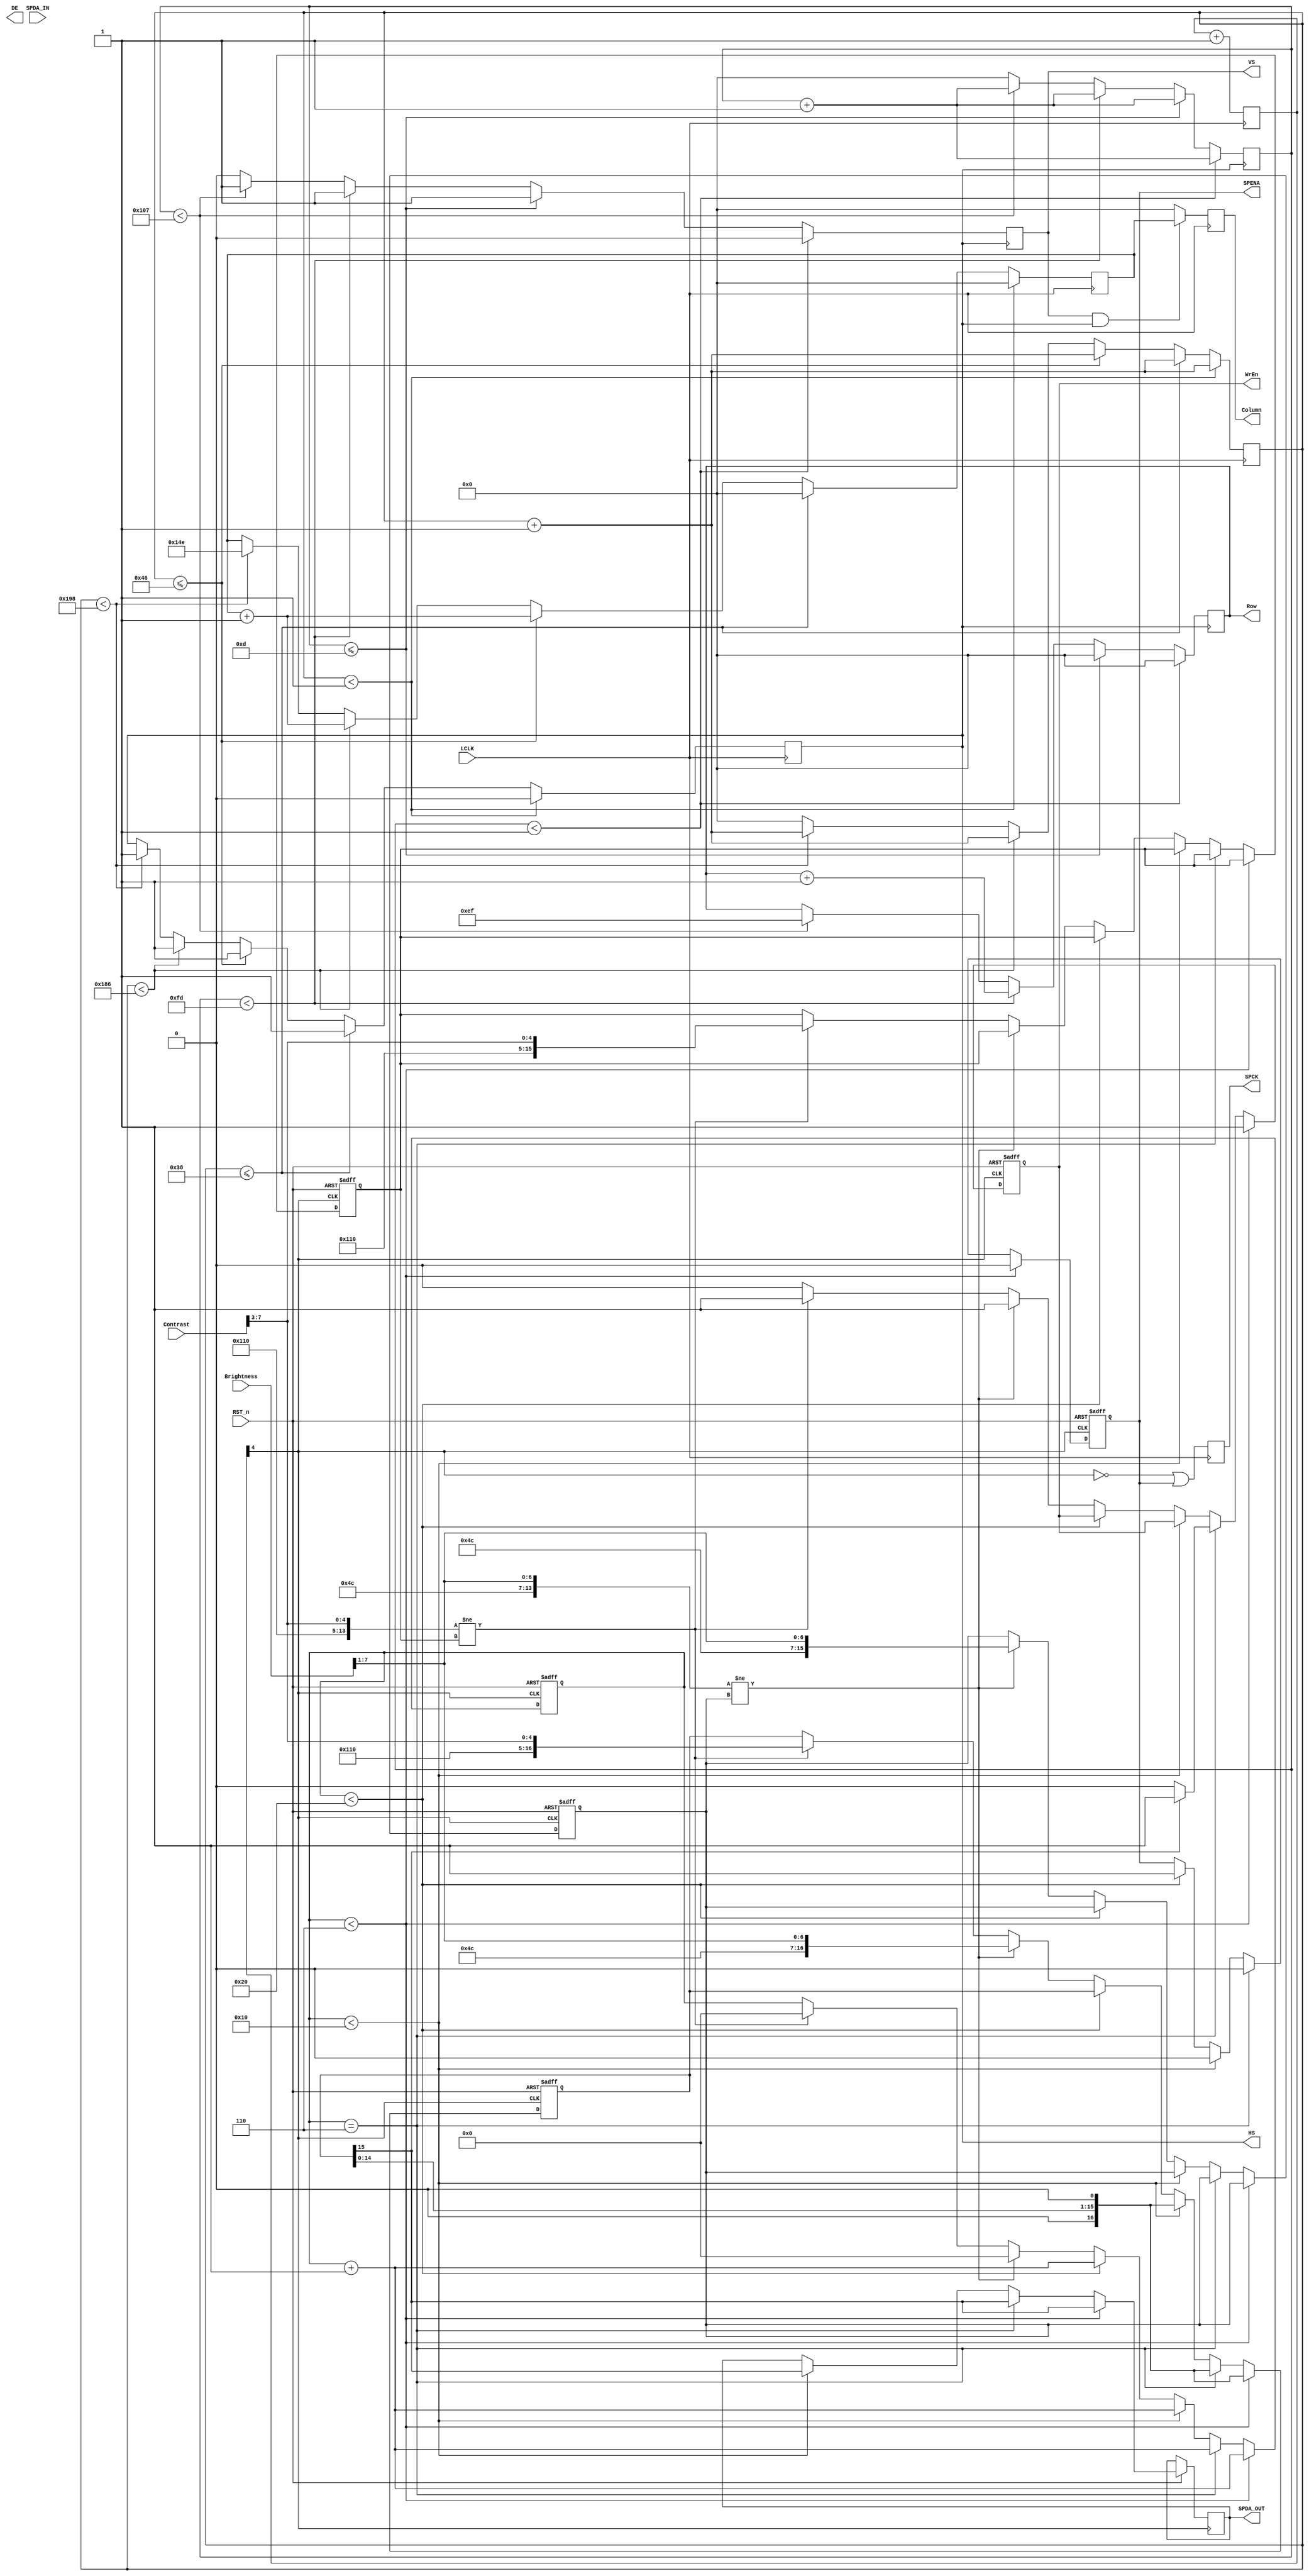
module LCD_Driver(
	input LCLK,  //LCD CLK
	input RST_n,
	output reg HS,
	output reg VS,
	output DE,
	output reg [9:0] Column,
	output reg [9:0] Row,
	output reg SPENA,
	output reg SPDA_OUT,
	input SPDA_IN,
	output reg WrEn,
	output reg SPCK,
	input [7:0] Brightness,
	input [7:0] Contrast
	
);


	reg [9:0] Column_Counter;
	reg [9:0] Row_Counter;


 	
	//
	reg [9:0] Column_Reg;
	always @(posedge LCLK) begin
		if(VS & HS) begin
			Column <= Column_Reg;
		end
		else begin
			Column <= 10'd0;
		end
	end

	
	always @(posedge LCLK) begin
		if(Column_Counter <10'd1) begin
			Column_Counter <= Column_Counter + 1'b1;
			Column_Reg <= 10'd0;
		    HS <= 1'b0;
		end
		else if(Column_Counter <=10'd56) begin
			Column_Counter <= Column_Counter + 1'b1;
			Column_Reg <= 10'd0;
		    HS <= 1'b1;
		end		
		else if(Column_Counter <=10'd70) begin
			Column_Counter <= Column_Counter + 1'b1;
			Column_Reg <= Column_Reg + 1'b1;
		    HS <= 1'b1;
		end
		else if(Column_Counter <10'd390) begin
			Column_Counter <= Column_Counter + 1'b1;
			Column_Reg <= Column_Reg + 1'b1;
		    HS <= 1'b1;
		end
		else if(Column_Counter <10'd408) begin            
			Column_Counter <= Column_Counter + 1'b1;
			Column_Reg <= 10'd334;
		    HS <= 1'b1;
		end
		/*
		else if(Column_Counter <10'd800) begin            
			Column_Counter <= Column_Counter + 1'b1;
			Column_Reg <= 10'd334;
		    HS <= 1'b1;
		end
		*/
		else begin
			Column_Counter <= 10'd0;
		end
	end
	
	//
	always @(posedge HS) begin
		if( Row_Counter < 10'd1) begin
			Row_Counter <= Row_Counter + 1'b1;
			Row <= 10'd0;
		    VS <= 1'b0;
		end
		else if( Row_Counter <= 10'd13) begin
			Row_Counter <= Row_Counter + 1'b1;
			Row <= 10'd0;
		    VS <= 1'b1;
		end
		else if( Row_Counter < 10'd253) begin
			Row_Counter <= Row_Counter + 1'b1;
			Row <= Row + 1'b1;
		    VS <= 1'b1;
		end
		else if( Row_Counter < 10'd263) begin
			Row_Counter <= Row_Counter + 1'b1;
			Row <= 10'd239;
		    VS <= 1'b1;
		end
		else begin
			Row_Counter <=10'D0;
			VS <= 1'b0;
		end
	end
	


	
	//parameter setting

   //  no use
	reg [7:0] SPCK_Counter;
	wire SPCK_tmp;
	always @(posedge LCLK) begin
		SPCK_Counter <= SPCK_Counter + 1'b1;
	end
	assign SPCK_tmp = SPCK_Counter[4];  //1.5MHz
	
	reg [7:0] SP_Counter;
	
	
	
	parameter 
		WAKEUP = 16'b00000010_00000011;
	
	wire [15:0] Snd_Data1;
	wire [15:0] Snd_Data2;

	
	assign Snd_Data1 ={8'h26,{1'b0,Brightness[7:1]}};
	assign Snd_Data2 = {8'h22,{3'b0,Contrast[7:3]}};	
		
	reg [16:0] SP_DATA;
	
	reg [15:0] Snd_Old1;
	reg [15:0] Snd_Old2;
	always @(posedge LCLK) begin
		SPCK <= (~SPCK_tmp) | SPENA;
	end
	
	always @ (posedge SPCK_tmp or negedge RST_n) begin
		if(~RST_n) begin
			SP_Counter <= 8'd0;
			SP_DATA <= WAKEUP;
			SPENA  <= 1'b1;
			Snd_Old1 <= {8'h26,8'd0};
			Snd_Old2 <= {8'h22,8'd0};
			WrEn <= 1'b1;			
		end
		else begin
			if(SP_Counter < 8'd6) begin
				SP_Counter 	<= SP_Counter + 1'b1;
				SPDA_OUT 		<= SP_DATA[15];
				SP_DATA         <={SP_DATA[14:0],1'b0};
				SPENA 		<= 1'b0;
				WrEn <= 1'b1;
			end	
			else if(SP_Counter == 8'd6) begin
				SP_Counter <= SP_Counter + 1'b1;
				SPENA <= 1'b0;
				SPDA_OUT 		<= SP_DATA[15];
				SP_DATA         <={SP_DATA[14:0],1'b0};
				if(SP_DATA[15] == 1'b1) begin  //wr mode
					WrEn <= 1'b1;
				end
				else begin
					WrEn <= 1'b0;
				end
			end	
			else if(SP_Counter < 8'd16) begin
				SP_Counter <= SP_Counter + 1'b1;
				SPDA_OUT 		<= SP_DATA[15];
				SP_DATA         <={SP_DATA[14:0],1'b0};
				SPENA <= 1'b0;
			end	
			else if(SP_Counter < 8'd32)begin
				SPENA <= 1'b1;
				SP_Counter <= SP_Counter + 1'b1;
			end
			else begin
				
				if(Snd_Data1 != Snd_Old1) begin
				    Snd_Old1 <= Snd_Data1;
					SP_DATA <= Snd_Data1;
					SP_Counter <= 8'd0;
					WrEn <= 1'b1;
				end
				else if(Snd_Data2 != Snd_Old2) begin
				    Snd_Old2 <= Snd_Data2;
					SP_DATA <= Snd_Data2;
					SP_Counter <= 8'd0;
					WrEn <= 1'b1;
				end
				else begin
					WrEn <= 1'b0;
				end
			end
		end
	end	
		
	
   /*	
	//parameter setting

   //  no use
	reg [7:0] SPCK_Counter;
	wire SPCK_tmp;
	always @(posedge LCLK) begin
		SPCK_Counter <= SPCK_Counter + 1'b1;
	end
	assign SPCK_tmp = SPCK_Counter[4];  //1.5MHz
	
	reg [7:0] SP_Counter;
	
	
	
	
	
	parameter
		WAKEUP = 16'b00000010_00000011;
	
	wire [15:0] Snd_Data1;
	wire [15:0] Snd_Data2;
	wire [15:0] Snd_Data3;
	wire  UD;  //0: down to up, 1 :up to down ,default :1;
	wire  LR;  //0: right to left,1:left to right , default :1;
	
	assign UD = 1'b0;
	assign LR = 1'b0;
	
	assign Snd_Data1 ={8'h26,{1'b0,Brightness[7:1]}};
	assign Snd_Data2 = {8'h22,{3'b0,Contrast[7:3]}};	
	assign Snd_Data3 = {8'h0A,{6'b0,UD,LR}};
		
	reg [16:0] SP_DATA;
	
	reg [15:0] Snd_Old1;
	reg [15:0] Snd_Old2;
	reg [15:0] Snd_Old3;
	always @(posedge LCLK) begin
		SPCK <= (~SPCK_tmp) | SPENA;
	end
	
	always @ (posedge SPCK_tmp or negedge RST_n) begin
		if(~RST_n) begin
			SP_Counter <= 8'd0;
			SP_DATA <= WAKEUP;
			SPENA  <= 1'b1;
			Snd_Old1 <= {8'h26,8'd0};
			Snd_Old2 <= {8'h22,8'd0};
			Snd_Old3 <= {8'h0A,8'd03};
			WrEn <= 1'b1;			
		end
		else begin
			if(SP_Counter < 8'd6) begin
				SP_Counter 	<= SP_Counter + 1'b1;
				SPDA_OUT 		<= SP_DATA[15];
				SP_DATA         <={SP_DATA[14:0],1'b0};
				SPENA 		<= 1'b0;
				WrEn <= 1'b1;
			end	
			else if(SP_Counter == 8'd6) begin
				SP_Counter <= SP_Counter + 1'b1;
				SPENA <= 1'b0;
				SPDA_OUT 		<= SP_DATA[15];
				SP_DATA         <={SP_DATA[14:0],1'b0};
				if(SP_DATA[15] == 1'b1) begin  //wr mode
					WrEn <= 1'b1;
				end
				else begin
					WrEn <= 1'b0;
				end
			end	
			else if(SP_Counter < 8'd16) begin
				SP_Counter <= SP_Counter + 1'b1;
				SPDA_OUT 		<= SP_DATA[15];
				SP_DATA         <={SP_DATA[14:0],1'b0};
				SPENA <= 1'b0;
			end	
			else if(SP_Counter < 8'd32)begin
				SPENA <= 1'b1;
				SP_Counter <= SP_Counter + 1'b1;
			end
			else begin
				
				if(Snd_Data1 != Snd_Old1) begin
				    Snd_Old1 <= Snd_Data1;
					SP_DATA <= Snd_Data1;
					SP_Counter <= 8'd0;
					WrEn <= 1'b1;
				end
				else if(Snd_Data2 != Snd_Old2) begin
				    Snd_Old2 <= Snd_Data2;
					SP_DATA <= Snd_Data2;
					SP_Counter <= 8'd0;
					WrEn <= 1'b1;
				end
				else if(Snd_Data3 != Snd_Old3) begin
				    Snd_Old3 <= Snd_Data3;
					SP_DATA <= Snd_Data3;
					SP_Counter <= 8'd0;
					WrEn <= 1'b1;
				end
				else begin
					WrEn <= 1'b0;
				end
			end
		end
	end	
	*/
	



endmodule